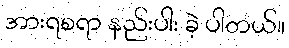
အားရစရာ နည်းပါး ခဲ့ ပါတယ်။